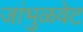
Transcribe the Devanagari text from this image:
जांभुळवेट